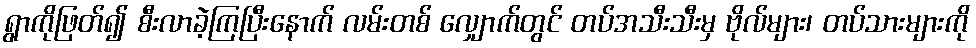
ရွာကိုဖြတ်၍ စီးလာခဲ့ကြပြီးနောက် လမ်းတစ် လျှောက်တွင် တပ်အသီးသီးမှ ဗိုလ်များ၊ တပ်သားများကို